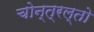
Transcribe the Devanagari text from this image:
चोन्त्रल्तो